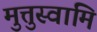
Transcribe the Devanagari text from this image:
मुत्तुस्वामि